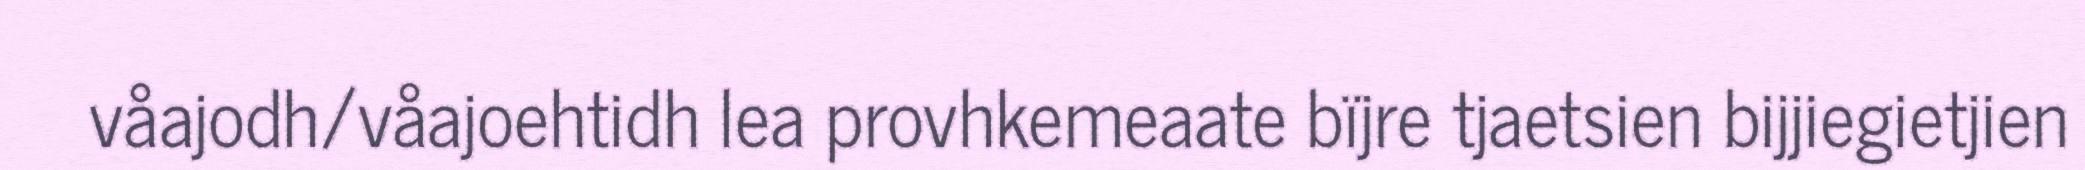
våajodh/våajoehtidh lea provhkemeaate bïjre tjaetsien bijjiegietjien